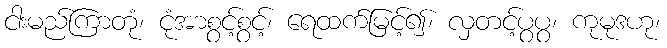
ငါးမည်ကြာတုံ၊ ငုံအာစွင့်စွင့်၊ ရေထက်မြင့်၍၊ လှတင့်ပွပွ၊ ကုမုဒဟု၊